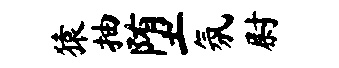
猿抽堕氛尉